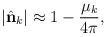
LaTeX: \begin{align*} |\hat{\bf n}_k| \approx 1 - {\mu_k \over 4\pi},\end{align*}